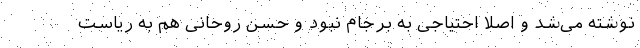
نوشته می‌شد و اصلا احتیاجی به برجام نبود و حسن روحانی هم به ریاست